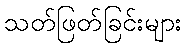
သတ်ဖြတ်ခြင်းများ